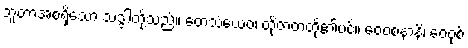
ဘူတာအစရှိသော သဒ္ဒါတို့သည်။ တေသံယေဝ၊ ထိုဇာတတို့၏ပင်။ ဝေဝစနာနိ၊ ဝေဝုစ်